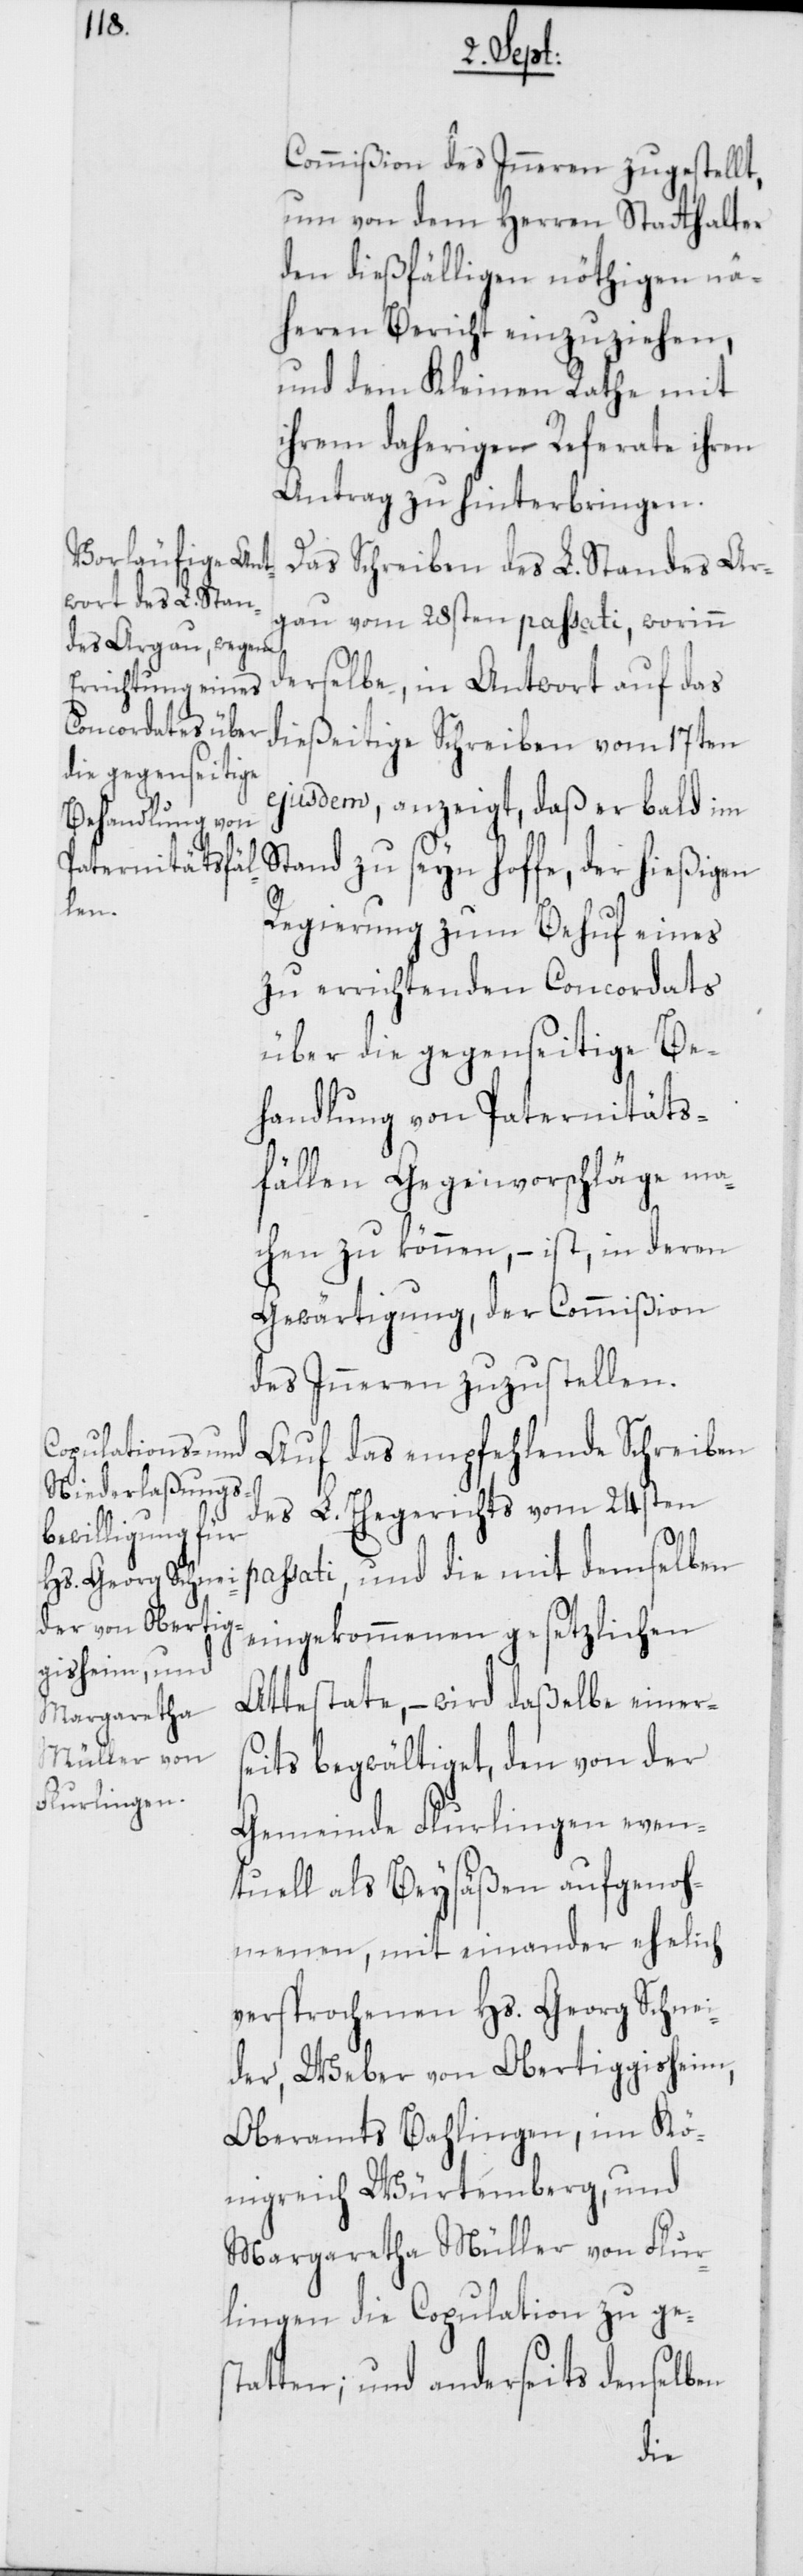
Commißion des Inneren zugestellt,
um von dem Herren Statthalter
den dießfälligen nöthigen nä¬
heren Bericht einzuziehen,
und dem Kleinen Rathe mit
ihrem daherigen Referate ihren
Antrag zu hinterbringen.
Das Schreiben des L. Standes Ar¬
gau vom 28sten passati, worinn
derselbe, in Antwort auf das
dießeitige Schreiben vom 17ten
ejusdem, anzeigt, daß er bald im
Stand zu seyn hoffe, der hießigen
Regierung zum Behuf eines
zu errichtenden Concordats
über die gegenseitige Be¬
handlung von Paternitäts¬
fällen Gegenvorschläge ma¬
chen zu können, – ist, in deren
Gewärtigung, der Commißion
des Inneren zuzustellen.
Auf das empfehlende Schreiben
des L. Ehegerichts vom 24sten
assati, und die mit demselben
eingekommenen gesetzlichen
Attestate, – wird daßelbe einers¬
eits begwältiget, den von der
Gemeinde Flurlingen even¬
tuell als Beysäßen aufgenoh¬
menen, mit einander ehelich
p¬
versprochenen Hs. Georg Schne¬
ider, Weber von Obertiggisheim,
Oberamts Bahlingen, im Kö¬
nigreich Würtemberg, und
Margaretha Müller von Flur¬
lingen die Copulation zu ges¬
tatten; und anderseits denselben